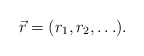
\begin{align*}\vec{r} = (r_1, r_2, \ldots ) . \end{align*}